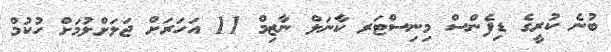
ބުނެ ކުރީގެ ޑިފެންސް މިނިސްޓަރ ކާނަލް ނާޒިމް 11 އަހަރަށް ޖަލަށްލުމަށް ހުކުމް